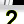
Digit: 2